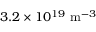
3 . 2 \times 1 0 ^ { 1 9 } ~ \mathrm { m } ^ { - 3 }